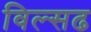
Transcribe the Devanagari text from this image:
विल्सढ